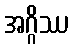
အဂ္ဂိဿ